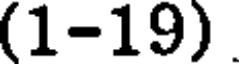
(1-19)